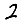
Digit: 2